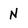
Character: N